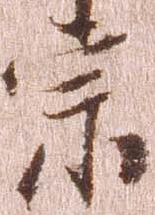
宗